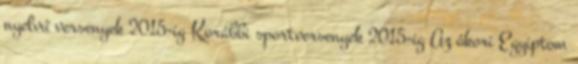
nyelvű versenyek 2015-ig Korábbi sportversenyek 2015-ig Az ókori Egyiptom